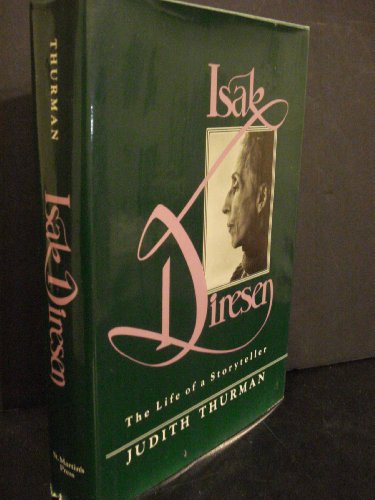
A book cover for Isak Dinesen: The Life of a Storyteller; Judith Thurman; Biographies & Memoirs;